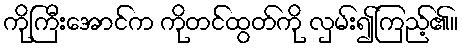
ကိုကြီးအောင်က ကိုတင်ထွတ်ကို လှမ်း၍ကြည့်၏။